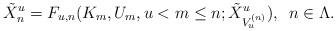
LaTeX: \begin{align*} {\tilde X}_n^{u}=F_{u,n}(K_m , U_m , u < m \leq n ;\tilde {X}^u_{V_u^{(n)}}),\,\,\, n \in \Lambda. \end{align*}